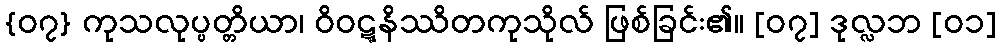
{၀၇} ကုသလုပ္ပတ္တိယာ၊ ဝိဝဋ္ဋနိဿိတကုသိုလ် ဖြစ်ခြင်း၏။ [၀၇] ဒုလ္လဘ [၀၁]